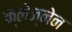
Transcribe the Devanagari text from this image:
क्लेज्नेन